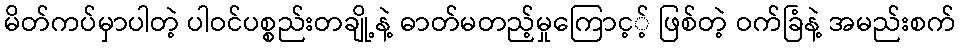
မိတ်ကပ်မှာပါတဲ့ ပါဝင်ပစ္စည်းတချို့နဲ့ ဓာတ်မတည့်မှုကြောင့့် ဖြစ်တဲ့ ဝက်ခြံနဲ့ အမည်းစက်